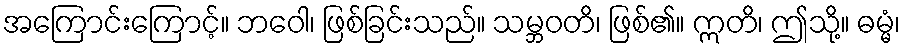
အကြောင်းကြောင့်။ ဘဝေါ၊ ဖြစ်ခြင်းသည်။ သမ္ဘဝတိ၊ ဖြစ်၏။ ဣတိ၊ ဤသို့။ ဓမ္မံ၊